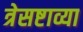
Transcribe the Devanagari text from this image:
त्रेसष्टाव्या